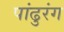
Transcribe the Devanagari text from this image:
पांढुरंग